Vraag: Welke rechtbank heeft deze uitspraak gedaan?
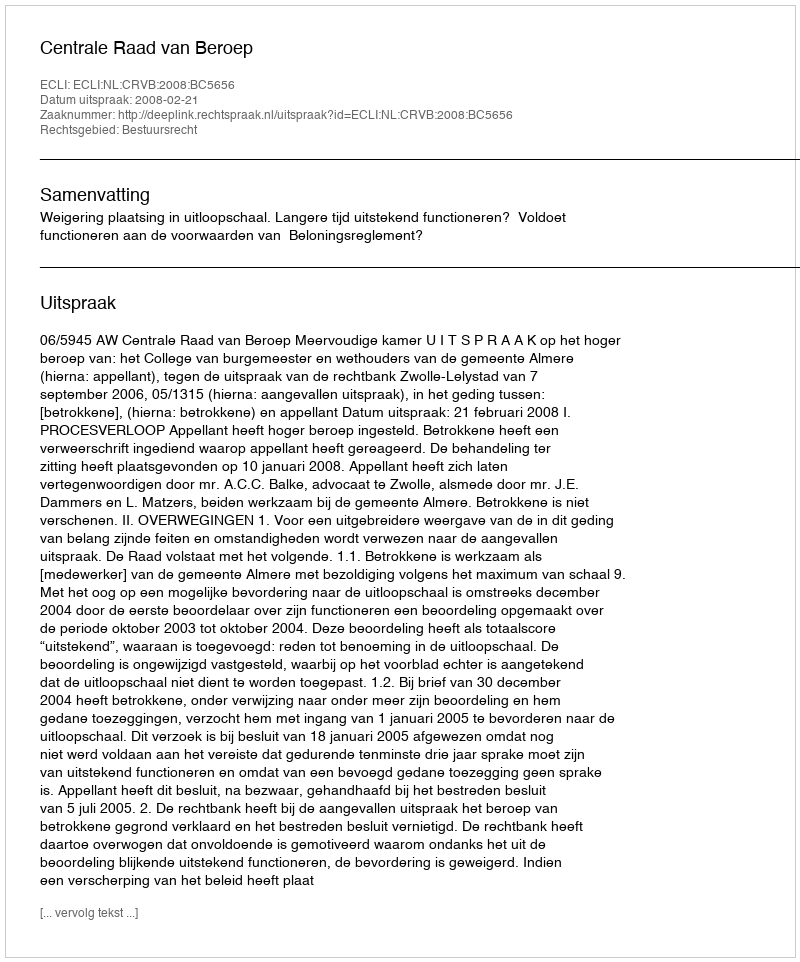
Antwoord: Centrale Raad van Beroep